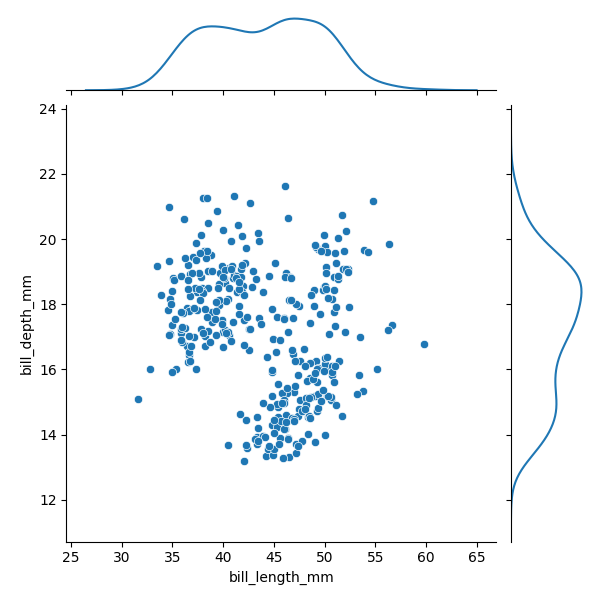
python, seaborn, JointGrid, scatterplot, kdeplot